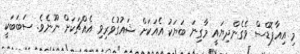
މި އިއާޕޮޑްސް ވެގެންދިޔައީ މާގިނަ ބަޔަކު އެއަކަށް ޝައުގުވެރިވި އެއްޗަކަށް ނޫނެވެ. ސަބަބަކީ